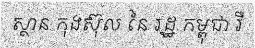
ស្ថាន កុងស៊ុល នៃ រដ្ឋ កម្ពុជា រឺ